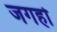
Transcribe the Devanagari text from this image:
जगहोँ